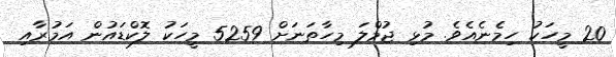
20 މީހަކު ހިމެނެއެވެ. މުޅި ޖުމްލަ މިހާތަނަށް 5259 މީހަކު ލޮކްޑައުން އަމުރާއި